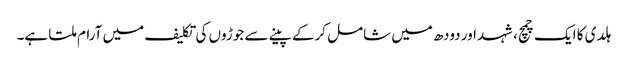
ہلدی کا ایک چمچ، شہد اور دودھ میں شامل کرکے پینے سے جوڑوں کی تکلیف میں آرام ملتا ہے۔